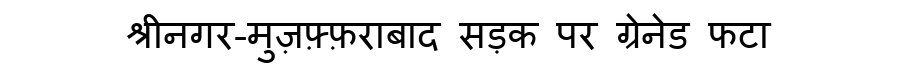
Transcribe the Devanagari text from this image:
श्रीनगर-मुज़फ़्फ़राबाद सड़क पर ग्रेनेड फटा